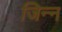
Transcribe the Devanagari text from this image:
जिन्‍न